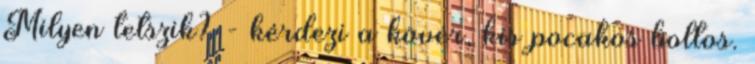
Milyen tetszik? - kérdezi a kövér, kis pocakos boltos.